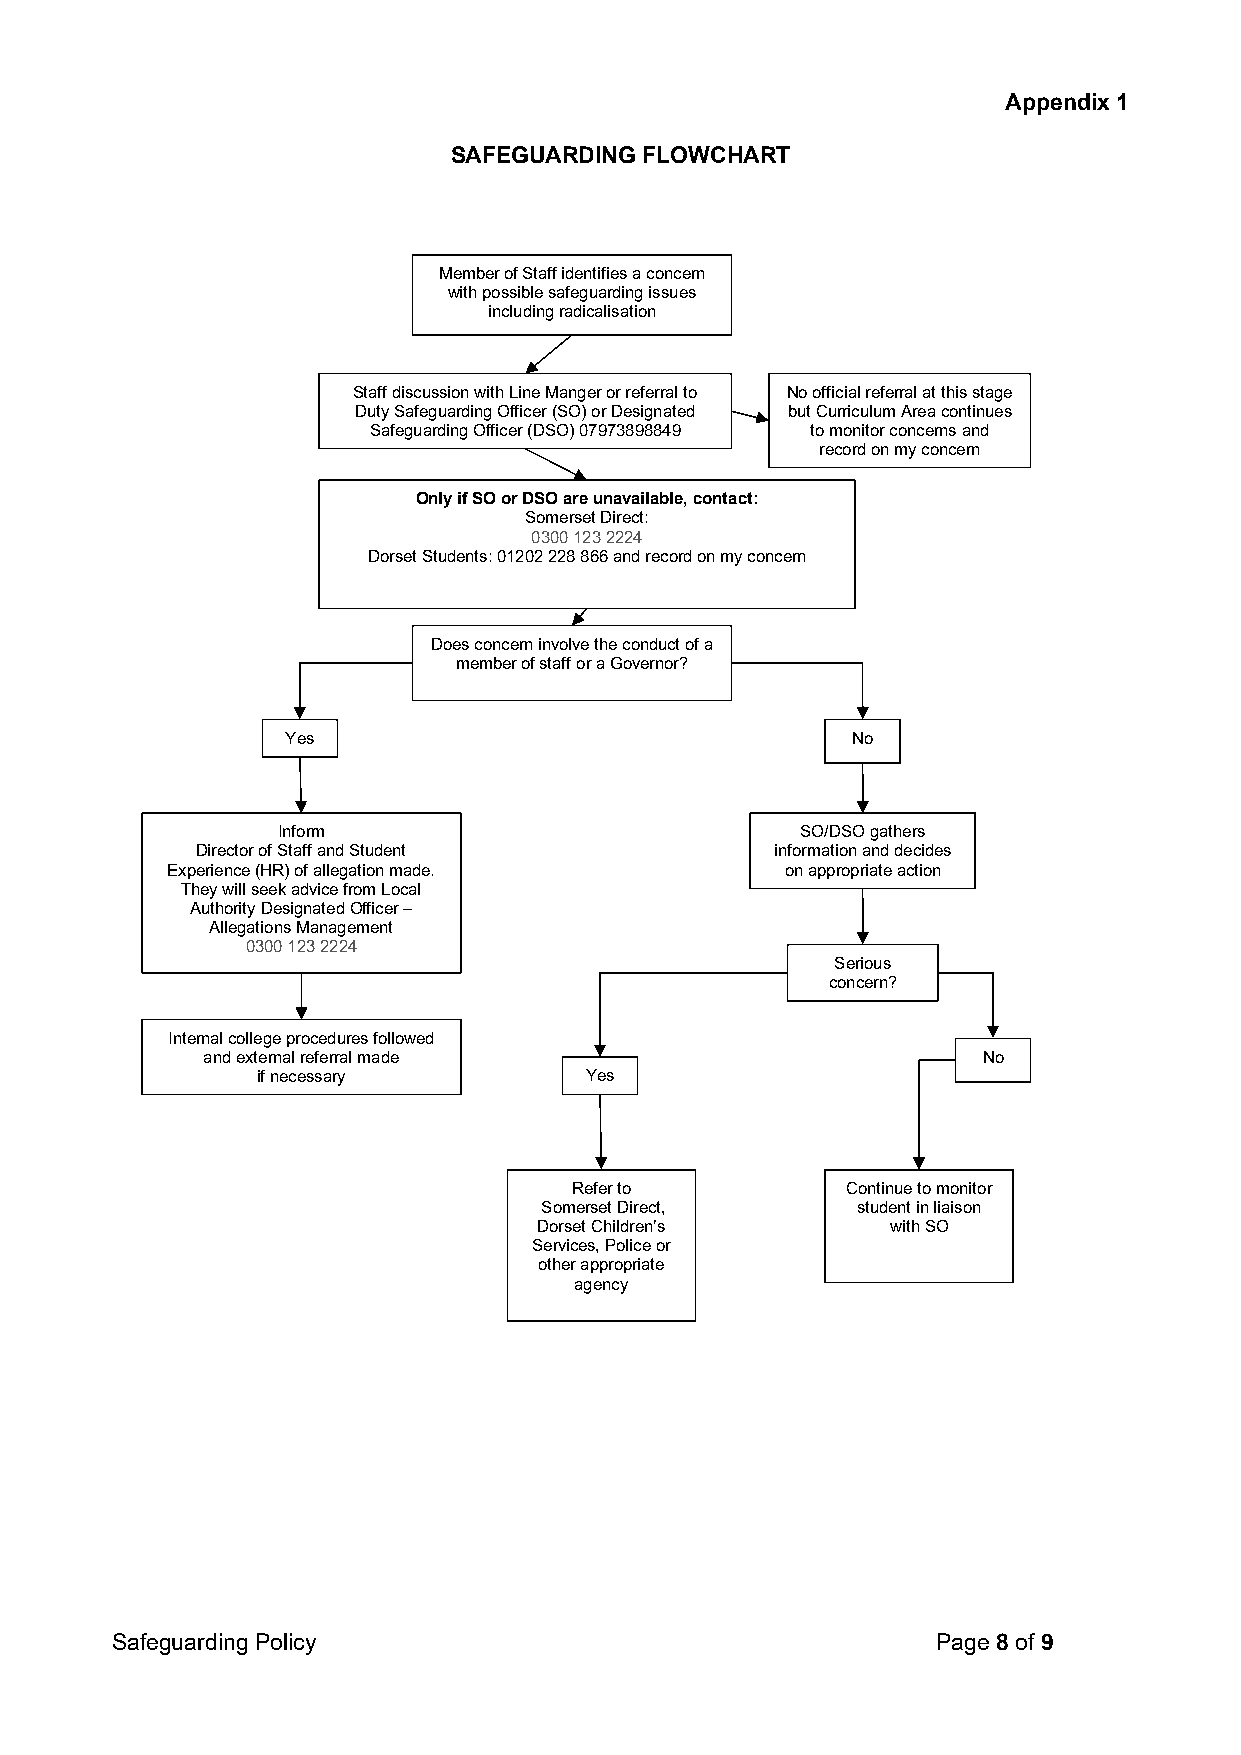
Appendix 1
 SAFEGUARDING FLOWCHART
 Member of Staff identifies a concern
 with possible safeguarding issues
 including radicalisation
 Staff discussion with Line Manger or referral to No official referral at this stage
 Duty Safeguarding Officer (SO) or Designated but Curriculum Area continues
 Safeguarding Officer (DSO) 07973898849 to monitor concerns and
 record on my concern
 Only if SO or DSO are unavailable, contact:
 Somerset Direct:
 0300 123 2224
 Dorset Students: 01202 228 866 and record on my concern
 Does concern involve the conduct of a
 member of staff or a Governor?
 Yes                                  No
 Inform                             SO/DSO gathers
 Director of Staff and Student         information and decides
 Experience (HR) of allegation made.      on appropriate action
 They will seek advice from Local
 Authority Designated Officer –
 Allegations Management
 0300 123 2224
 Serious
 concern?
 Internal college procedures followed
 and external referral made                          No
 if necessary          Yes
 Refer to          Continue to monitor
 Somerset Direct,     student in liaison
 Dorset Children’s      with SO
 Services, Police or
 other appropriate
 agency
 Safeguarding Policy                                    Page 8 of 9